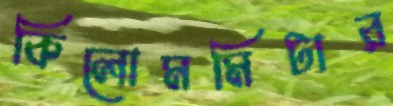
কিলোমমিটার